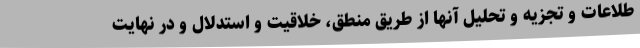
طلاعات و تجزیه و تحلیل آنها از طریق منطق، خلاقیت و استدلال و در نهایت